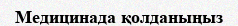
Медицинада қолданыңыз